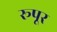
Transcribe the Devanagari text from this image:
रूपूर